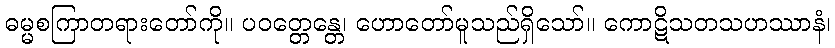
ဓမ္မစကြာတရားတော်ကို။ ပဝတ္တေန္တေ၊ ဟောတော်မူသည်ရှိသော်။ ကောဋိသတသဟဿာနံ၊